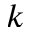
k